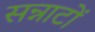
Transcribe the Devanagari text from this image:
सन्नाटों